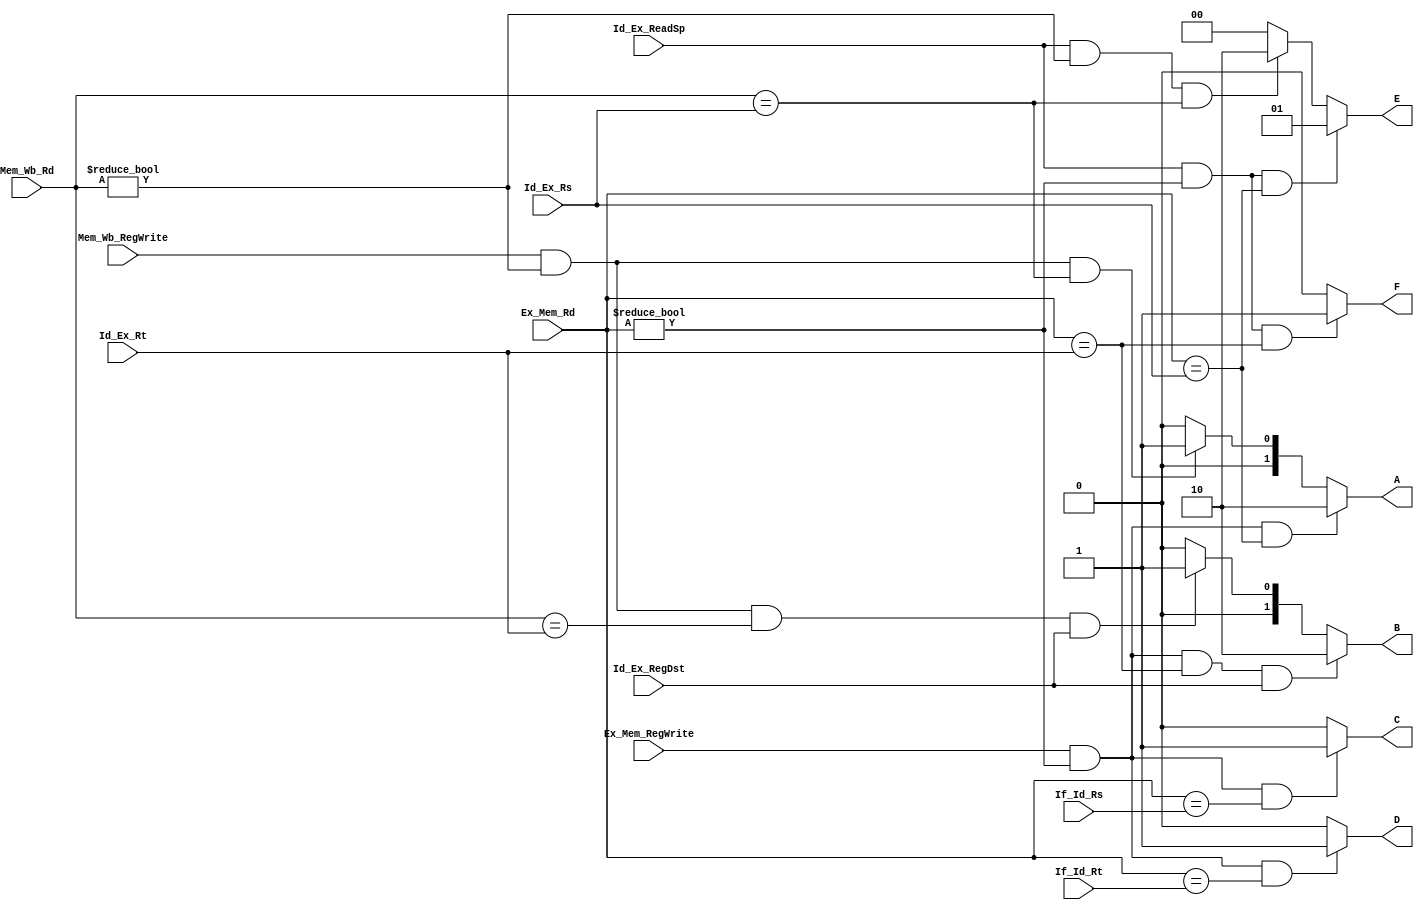
`timescale 1ns / 1ps

module ForwardingUnit(Ex_Mem_Rd, Mem_Wb_Rd, Ex_Mem_RegWrite, Mem_Wb_RegWrite, Id_Ex_Rs, Id_Ex_Rt, If_Id_Rs, If_Id_Rt, Id_Ex_RegDst, Id_Ex_ReadSp, A, B, C, D, E, F);
    input [4:0] Ex_Mem_Rd, Mem_Wb_Rd, Id_Ex_Rs, Id_Ex_Rt, If_Id_Rs, If_Id_Rt;
    input Ex_Mem_RegWrite, Mem_Wb_RegWrite, Id_Ex_RegDst, Id_Ex_ReadSp;
    output reg [1:0] A, B, E;
    output reg C, D, F;
    
    always @(*)
    begin
        if(Ex_Mem_RegWrite && (Ex_Mem_Rd != 0) && (Ex_Mem_Rd == Id_Ex_Rs))
        begin
            A <= 2'b10;
        end
        else if(Mem_Wb_RegWrite && (Mem_Wb_Rd != 0) && (Mem_Wb_Rd == Id_Ex_Rs))
        begin
            A <= 2'b01;
        end
        else
        begin
            A <= 2'b0;
        end
        
        if(Ex_Mem_RegWrite && (Ex_Mem_Rd != 0) && (Ex_Mem_Rd == Id_Ex_Rt) && Id_Ex_RegDst == 1)
        begin
            B <= 2'b10;
        end
        else if(Mem_Wb_RegWrite && (Mem_Wb_Rd != 0) && (Mem_Wb_Rd == Id_Ex_Rt) && Id_Ex_RegDst == 1)
        begin
            B <= 2'b01;
        end
        else
        begin
            B <= 2'b0;
        end
        
        if(Ex_Mem_RegWrite && (Ex_Mem_Rd != 0) && (Ex_Mem_Rd == If_Id_Rs))
        begin
            C <= 1;
        end
        else
        begin
            C <= 0;
        end
        
        if(Ex_Mem_RegWrite && (Ex_Mem_Rd != 0) && (Ex_Mem_Rd == If_Id_Rt))
        begin
            D <= 1;
        end
        else
        begin
            D <= 0;
        end
        
        if(Id_Ex_ReadSp && (Ex_Mem_Rd != 0) && (Ex_Mem_Rd == Id_Ex_Rs))
        begin
            E <= 1;
        end
        else if(Id_Ex_ReadSp && (Mem_Wb_Rd != 0) && (Mem_Wb_Rd == Id_Ex_Rs))
        begin
            E <= 2;
        end
        else
        begin
            E <= 0;
        end
        
        if(Id_Ex_ReadSp && (Ex_Mem_Rd != 0) && (Ex_Mem_Rd == Id_Ex_Rt))
        begin
            F <= 1;
        end
        else
        begin
            F <= 0;
        end
    end
    
endmodule